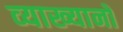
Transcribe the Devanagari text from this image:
व्‍याख्‍यानों